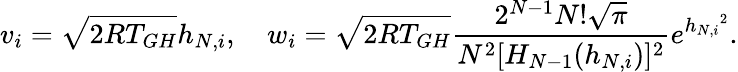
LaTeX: v_{i}=\sqrt{2RT_{GH}}h_{N,i},\quad w_{i}=\sqrt{2RT_{GH}}\frac{2^{N-1}N!\sqrt{\pi}}{N^{2}[H_{N-1}(h_{N,i})]^{2}}e^{{h_{N,i}}^{2}}.